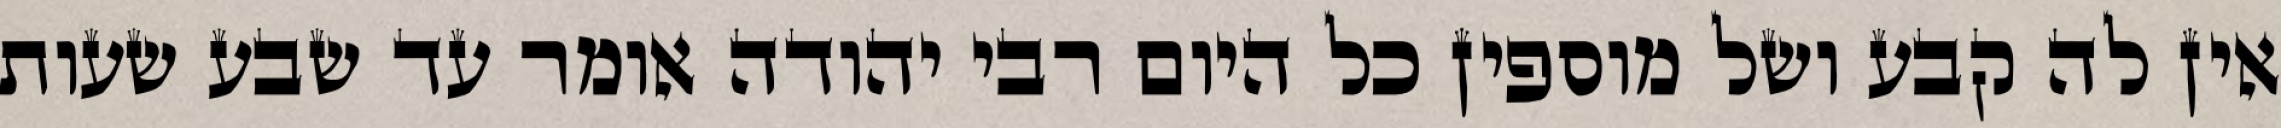
אין לה קבע ושל מוספין כל היום רבי יהודה אומר עד שבע שעות